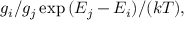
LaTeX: g _ { i } / g _ { j } \exp { ( E _ { j } - E _ { i } ) / ( k T ) } ,